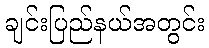
ချင်းပြည်နယ်အတွင်း